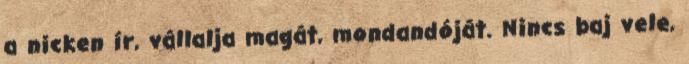
a nicken í­r, vállalja magát, mondandóját. Nincs baj vele,